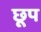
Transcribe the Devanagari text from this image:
छूप